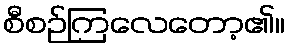
စီစဉ်ကြလေတော့၏။